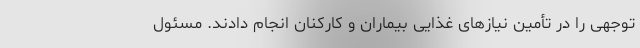
‌توجهی را در تأمین نیازهای غذایی بیماران و کارکنان انجام دادند. مسئول